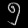
Digit: ၅